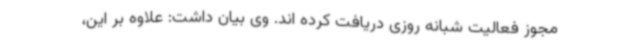
مجوز فعالیت شبانه روزی دریافت کرده اند. وی بیان داشت: علاوه بر این،